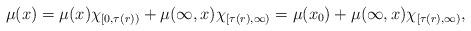
LaTeX: \begin{align*}\mu(x)=\mu(x)\chi_{[0,\tau(r))}+\mu(\infty,x)\chi_{[\tau(r),\infty)}=\mu(x_0)+\mu(\infty,x)\chi_{[\tau(r),\infty)},\end{align*}